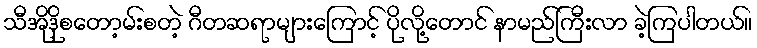
သီအိုဒိုစတော့မ်းစတဲ့ ဂီတဆရာများကြောင့် ပိုလို့တောင် နာမည်ကြီးလာ ခဲ့ကြပါတယ်။